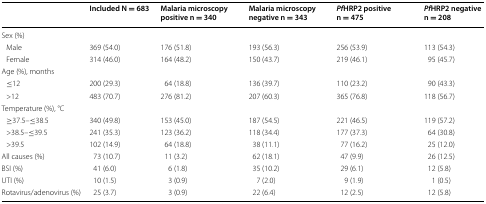
|  | Included N = 683 | Malaria microscopy positive n = 340 | Malaria microscopy negative n = 343 | PfHRP2 positive n = 475 | PfHRP2 negative n = 208 |
 | --- | --- | --- | --- | --- | --- |
 | <COLSPAN=6> Sex (%) |
 | Male | 369 (54.0) | 176 (51.8) | 193 (56.3) | 256 (53.9) | 113 (54.3) |
 | Female | 314 (46.0) | 164 (48.2) | 150 (43.7) | 219 (46.1) | 95 (45.7) |
 | <COLSPAN=6> Age (%), months |
 | ≤12 | 200 (29.3) | 64 (18.8) | 136 (39.7) | 110 (23.2) | 90 (43.3) |
 | >12 | 483 (70.7) | 276 (81.2) | 207 (60.3) | 365 (76.8) | 118 (56.7) |
 | <COLSPAN=6> Temperature (%), °C |
 | ≥37.5–≤38.5 | 340 (49.8) | 153 (45.0) | 187 (54.5) | 221 (46.5) | 119 (57.2) |
 | >38.5–≤39.5 | 241 (35.3) | 123 (36.2) | 118 (34.4) | 177 (37.3) | 64 (30.8) |
 | >39.5 | 102 (14.9) | 64 (18.8) | 38 (11.1) | 77 (16.2) | 25 (12.0) |
 | All causes (%) | 73 (10.7) | 11 (3.2) | 62 (18.1) | 47 (9.9) | 26 (12.5) |
 | BSI (%) | 41 (6.0) | 6 (1.8) | 35 (10.2) | 29 (6.1) | 12 (5.8) |
 | UTI (%) | 10 (1.5) | 3 (0.9) | 7 (2.0) | 9 (1.9) | 1 (0.5) |
 | Rotavirus/adenovirus (%) | 25 (3.7) | 3 (0.9) | 22 (6.4) | 12 (2.5) | 12 (5.8) |